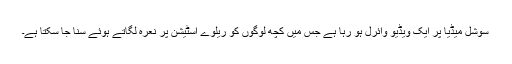
سوشل میڈیا پر ایک ویڈیو وائرل ہو رہا ہے جس میں کچھ لوگوں کو ریلوے اسٹیشن پر نعرہ لگاتے ہوئے سنا جا سکتا ہے۔